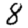
Digit: 8